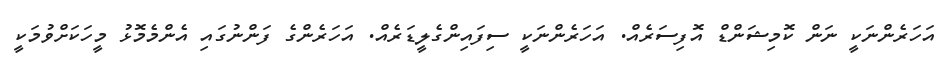
އަހަރެންނަކީ ނަން ކޮމިޝަންޑް އޮފިސަރެއް. އަހަރެންނަކީ ސިފައިންގެލީޑަރެއް. އަހަރެންގެ ފަންނުގައި އެންމެމޮޅު މީހަކަށްވުމަކީ